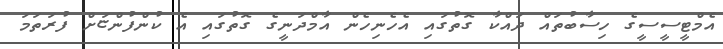
އެމްޓީސީސީގެ ހިސާބުތައް ދައްކާ ގޮތުގައި އެހެނިހެން އާމްދަނީގެ ގޮތުގައި އެ ކުންފުންްޏަށް ފުރަތަމަ